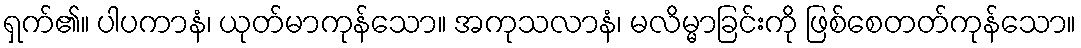
ရှက်၏။ ပါပကာနံ၊ ယုတ်မာကုန်သော။ အကုသလာနံ၊ မလိမ္မာခြင်းကို ဖြစ်စေတတ်ကုန်သော။